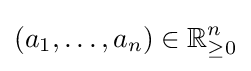
(a_{1},\ldots ,a_{n})\in \mathbb {R} _{\geq 0}^{n}